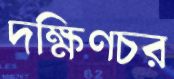
দক্ষিণচর